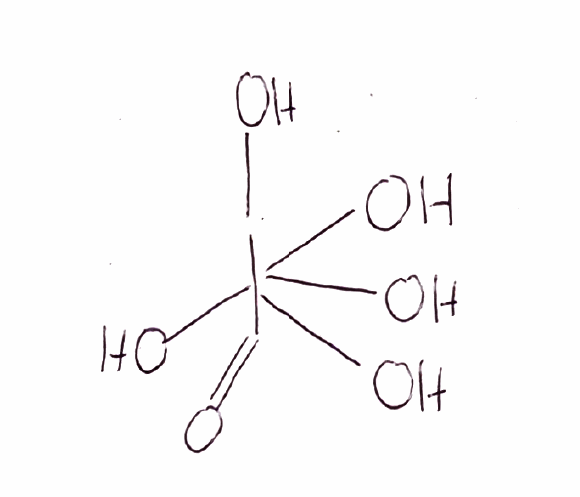
Simplified molecular-input line-entry system (SMILES) notation of the given molecule:
OI(=O)(O)(O)(O)O